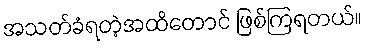
အသတ်ခံရတဲ့အထိတောင် ဖြစ်ကြရတယ်။